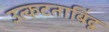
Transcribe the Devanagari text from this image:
उत्कटताबिंदू